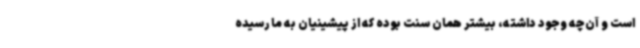
است و آن‌چه وجود داشته، بیشتر همان سنت بوده که از پیشینیان به ما رسیده